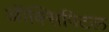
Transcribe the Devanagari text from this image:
ऑक्सिपिटल